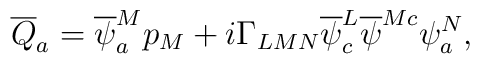
\overline {Q}_{a} = \overline {\psi}^M_a p_M + i\Gamma_{LMN}\overline {\psi}^L_c \overline {\psi}^{Mc} \psi_a^N,